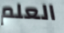
العلم